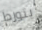
يتورط